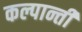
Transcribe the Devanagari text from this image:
कल्पान्ती